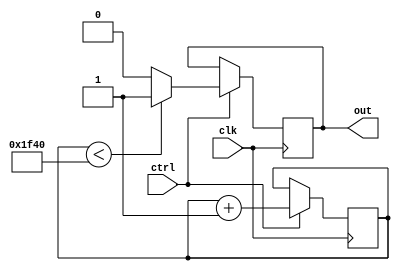
module duty_cycle_pulse_generator (
    input wire clk,
    input wire ctrl,
    output reg out
);

reg [15:0] counter;

always @(posedge clk) begin
    if (ctrl) begin
        counter <= counter + 1;
        if (counter < 8000) begin
            out <= 1;
        end else begin
            out <= 0;
        end
    end
end

endmodule